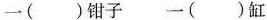
一()钳子 一()缸